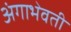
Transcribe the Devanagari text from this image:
अंगाभेवती